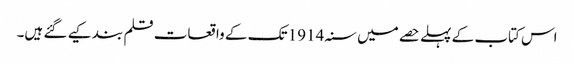
اس کتاب کے پہلے حصے میں سنہ 1914 تک کے واقعات قلم بند کیے گئے ہیں۔